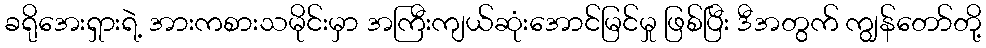
ခရိုအေးရှားရဲ့ အားကစားသမိုင်းမှာ အကြီးကျယ်ဆုံးအောင်မြင်မှု ဖြစ်ပြီး ဒီအတွက် ကျွန်တော်တို့